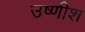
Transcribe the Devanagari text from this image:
उष्णीश